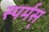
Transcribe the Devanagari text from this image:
स्पर्मस्‌